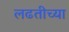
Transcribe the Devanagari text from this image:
लढतीच्या